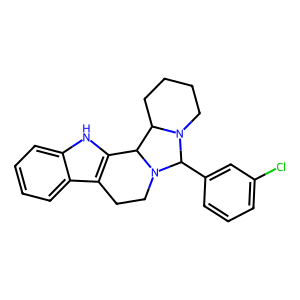
SMILES: Clc1cccc(C2N3CCCCC3C3c4[nH]c5ccccc5c4CCN32)c1
Inhibits HIV replication: No